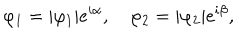
\varphi _ { 1 } = | \varphi _ { 1 } | e ^ { i \alpha } , \quad \varphi _ { 2 } = | \varphi _ { 2 } | e ^ { i \beta } ,